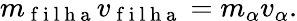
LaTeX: m_{\mathrm{~f~i~l~h~a~}}v_{\mathrm{~f~i~l~h~a~}}=m_{\alpha}v_{\alpha}.